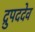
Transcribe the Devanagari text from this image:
द्रुपददेव